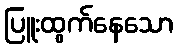
ပြူးထွက်နေသော